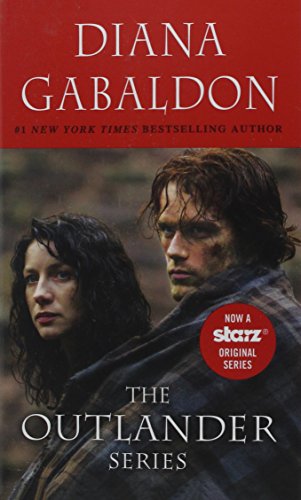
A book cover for Outlander 4-Copy Boxed Set: Outlander, Dragonfly in Amber, Voyager, Drums of Autumn; Diana Gabaldon; Science Fiction & Fantasy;